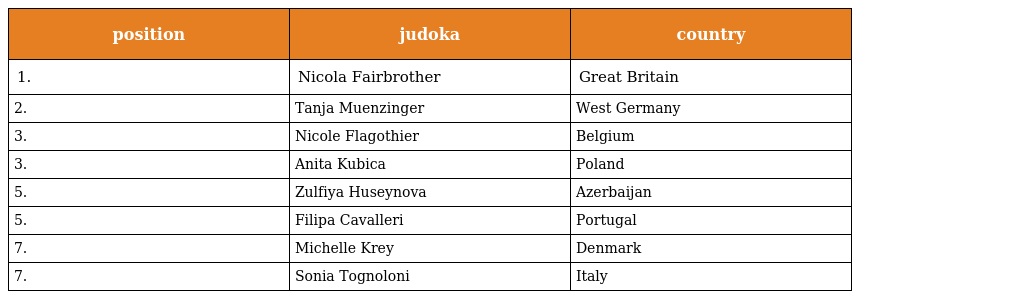
| position | judoka | country |
 | --- | --- | --- |
 | 1. | Nicola Fairbrother | Great Britain |
 | 2. | Tanja Muenzinger | West Germany |
 | 3. | Nicole Flagothier | Belgium |
 | 3. | Anita Kubica | Poland |
 | 5. | Zulfiya Huseynova | Azerbaijan |
 | 5. | Filipa Cavalleri | Portugal |
 | 7. | Michelle Krey | Denmark |
 | 7. | Sonia Tognoloni | Italy |